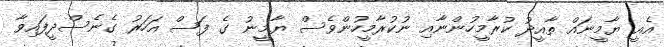
އެއީ ޔާމީނައް ތާއީދު ކުރާމީހުންނާއި ނުކުރާމީހުންވެސް ޔާމީނު ގެ ފަސް އަހަރު ގެނެސްދީފައިވާ